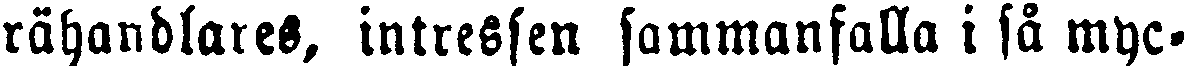
rähandlares, intressen sammanfalla i så myc-